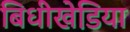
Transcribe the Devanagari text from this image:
बिधीखेडि़या